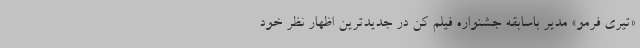
«تیری فرمو» مدیر باسابقه جشنواره فیلم کن در جدیدترین اظهار نظر خود